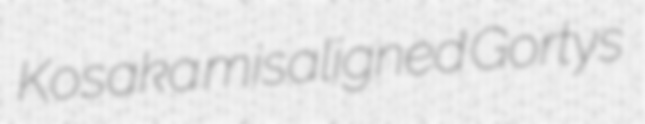
Kosaka misaligned Gortys